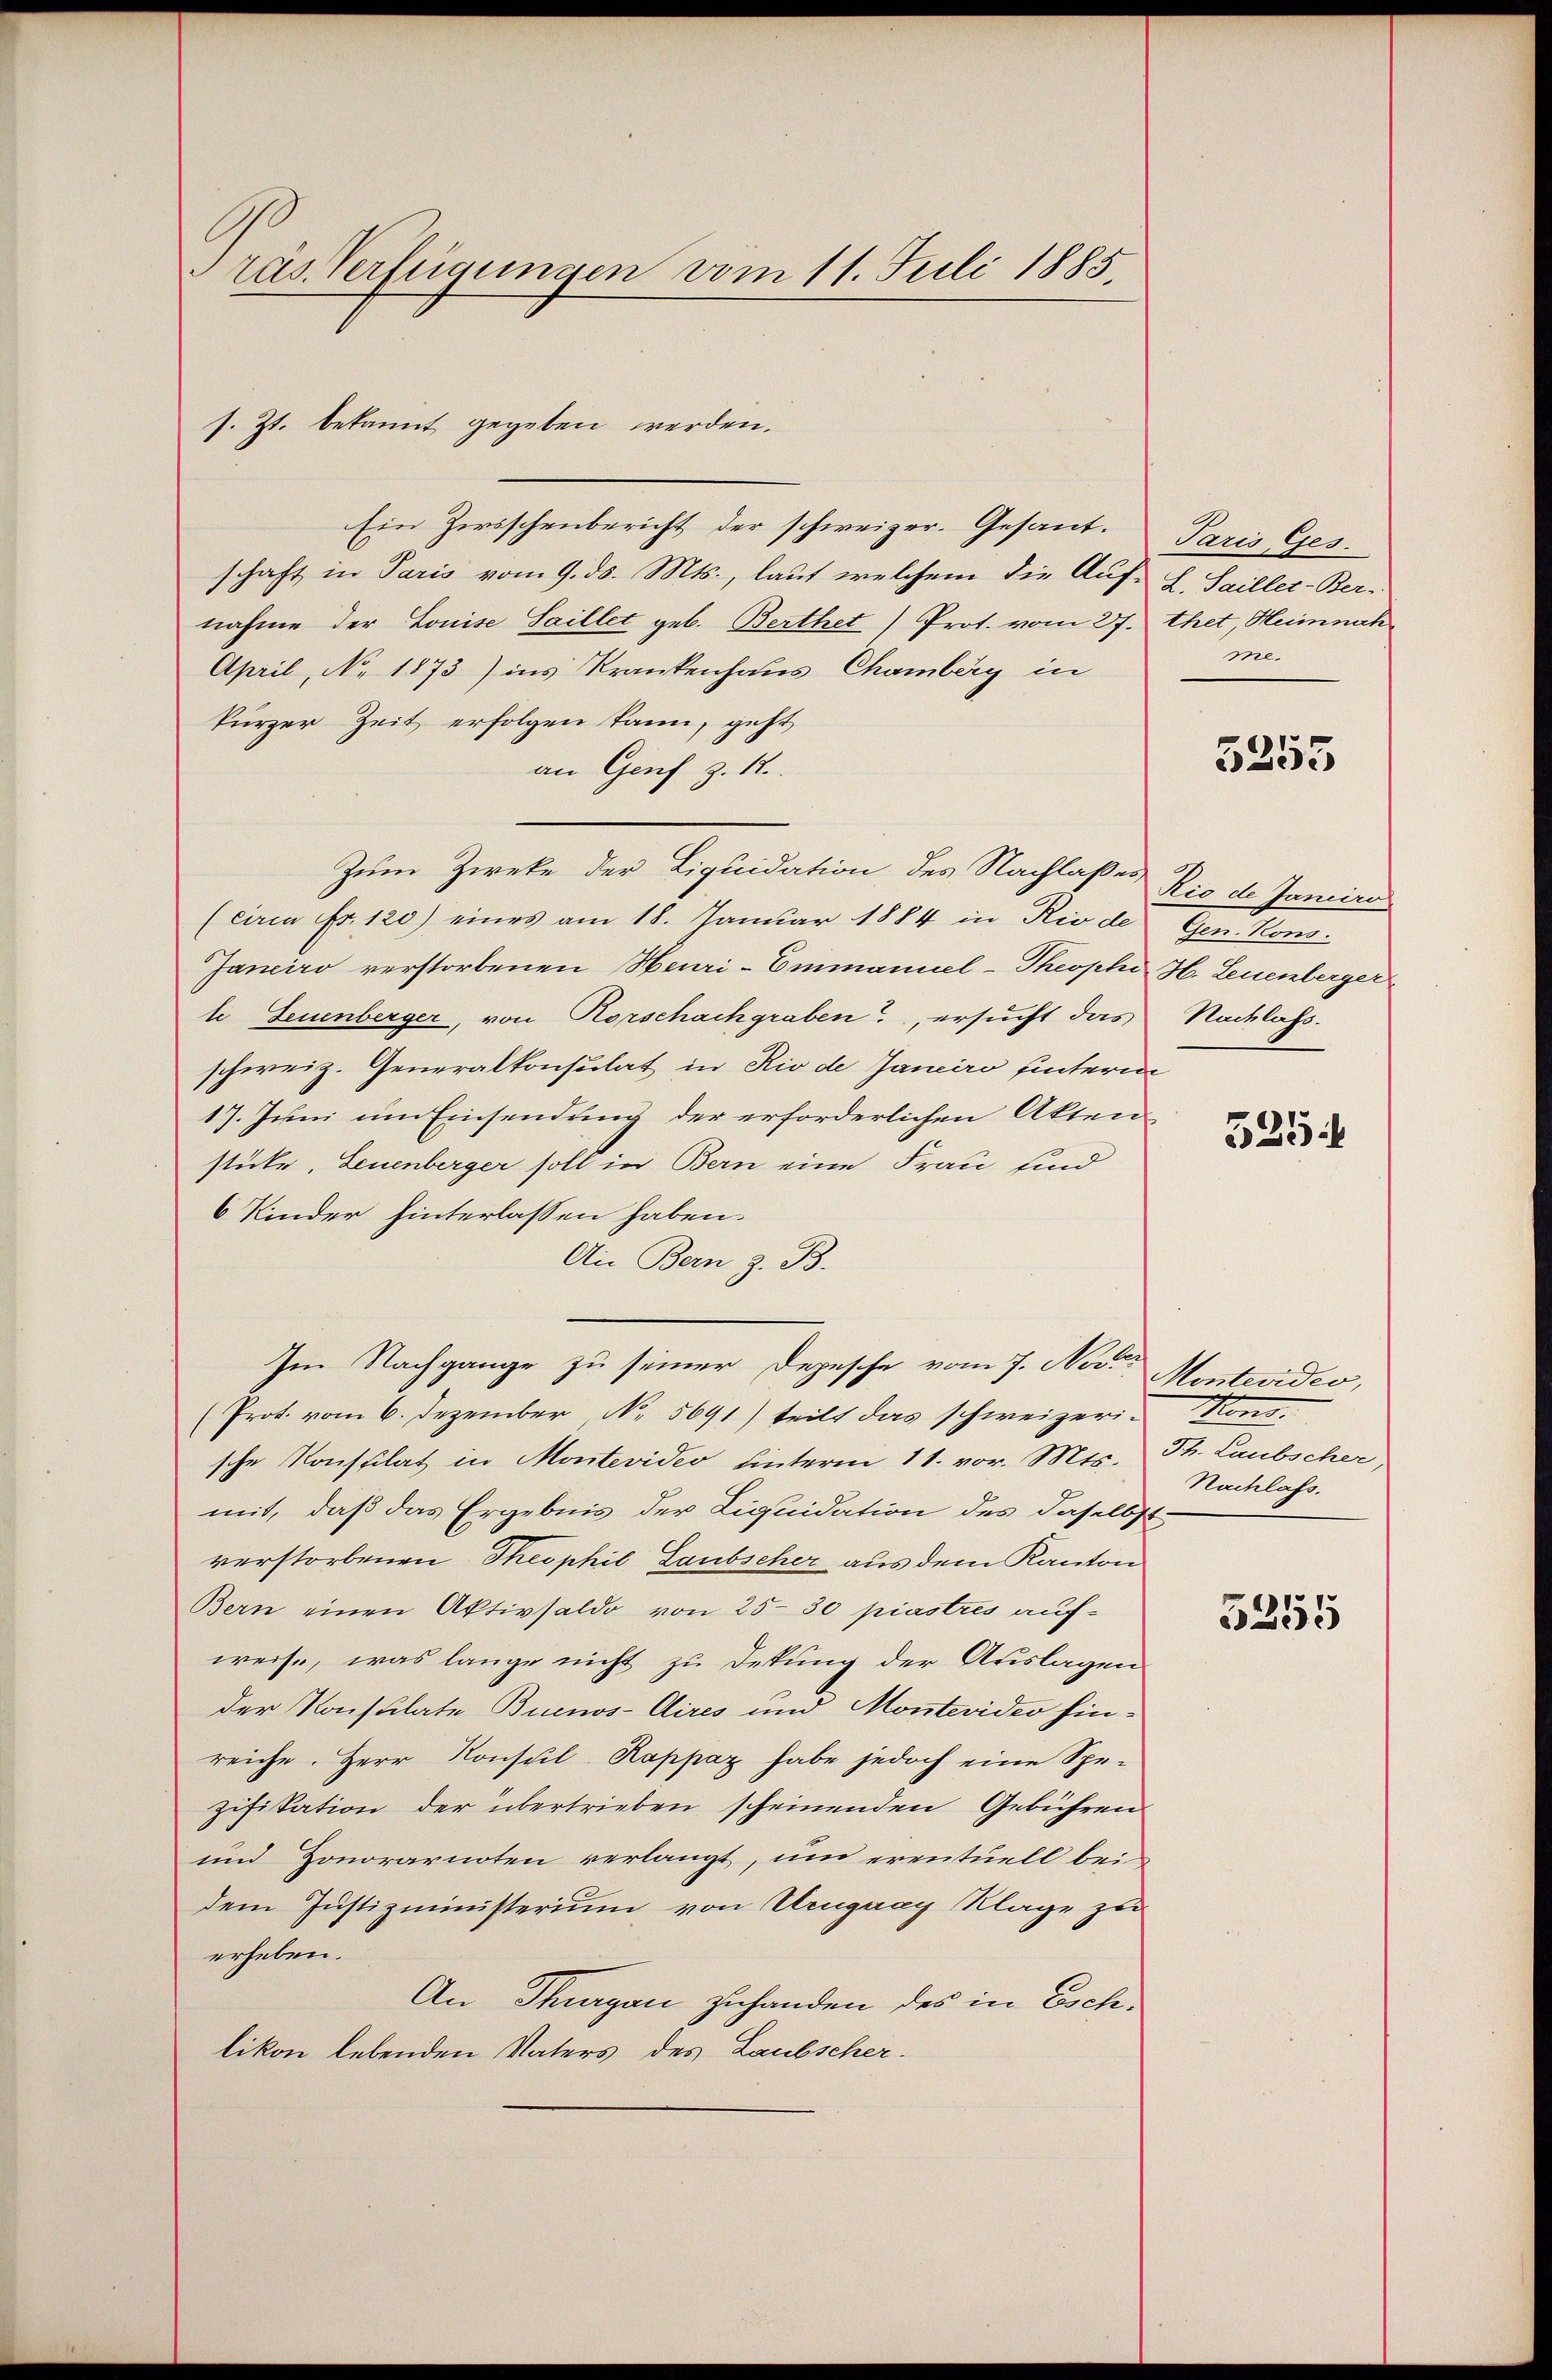
ras Verfügungen vom 11. Juli 1885.

s. Zt. bekannt gegeben werden.
Ein Zirsschenbericht der schweizer. Gesandtschaft in Paris vom 9. ds. Mts., laut welchem die Auf- L. Saillet-Ber-
nahme der Louise Saillet geb. Berthet Prot. vom 27. thet, Heimnach
April, No 1873) ins Krankenhaus Chamberg in
kurzer Zeit erfolgen kann, geht
an Genf z. 12.
Zum Zwecke der Liquidation des Nachlaßes Rio de Janiru
(circa Fr. 120) eines am 18. Januar 1884 in Rio de
Janeiro verstorbenen Heuri-Emmanuel-Theophi H. Leuenberger
te Zeuenberger, von Horschachgraben, ersucht das
schweiz. Generalkonsulat in Rio de Janeiro hinterm
17. Juni um Einsendung der erforderlichen Akten
stücke, Leuenberger soll in Bern eine Frau sind
6 Kinder hinterlassen haben.
Ai Bern z. B.
Im Nachgange zu seiner Depesche vom 7. Nove
(Prot. vom 6. Dezember, No. 5691) teilt das schweizerin Kons.
sche Konsulat in Montevideo hinterm 11. vor. Mts. Th. Laubscher,
mit, daß das Ergebnis der Liquidation des daselbst
verstorbenen Theophil Laubscher aus dem Kanton
Bern einen Aktivsaldo von 25–30 piastres auf-
weise, was lange nicht zu dekung der Auslagen
der Konsulate Buenos-Aires und Montevideo hinreiche. Herr Konsul-Rappaz habe jedoch eine Spezifikation der übertrieben scheinenden Gebühren
und Honorarnoten verlangt, um eventuell bei
dem Justizministerium von Uruguay Klage zu
erheben.
An Thurgau zuhanden des in Eschlikon lebenden Vaters des Laubscher.

Paris Ges.
me.

5253

Gen. Kons.
Nachlass.

325

Montevides,
Nachlass.

5255